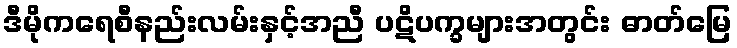
ဒီမိုကရေစီနည်းလမ်းနှင့်အညီ ပဋိပက္ခများအတွင်း ဓာတ်မြေ